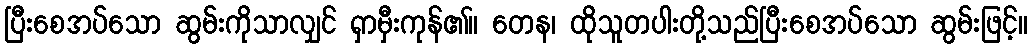
ပြီးစေအပ်သော ဆွမ်းကိုသာလျှင် ရှာမှီးကုန်၏။ တေန၊ ထိုသူတပါးတို့သည်ပြီးစေအပ်သော ဆွမ်းဖြင့်။